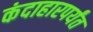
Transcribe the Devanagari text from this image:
कंदाहारपर्यंत